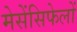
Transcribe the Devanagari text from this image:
मेसेंसिफेलों